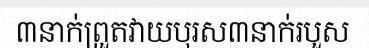
៣នាក់ព្រួតវាយបុរស៣នាក់របួស